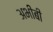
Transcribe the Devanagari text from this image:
अभीबी